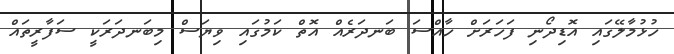
ހުޅުމާލޭގައި އޮޑިދޯނި ފަހަރަށް ހާއްސަ ބަނދަރެއް އޮތް ކަމުގައި ވިޔަސް މިބަނދަރަކީ ސަފާރީތައް